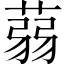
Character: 蒻